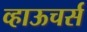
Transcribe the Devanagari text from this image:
व्हाऊचर्स